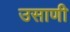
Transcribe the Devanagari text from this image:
उसाणी